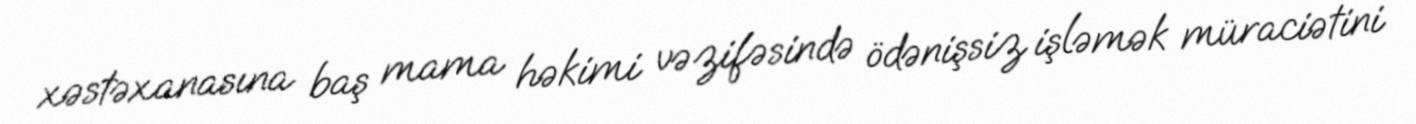
xəstəxanasına baş mama həkimi vəzifəsində ödənişsiz işləmək müraciətini